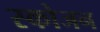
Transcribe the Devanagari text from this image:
स्कोजन